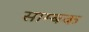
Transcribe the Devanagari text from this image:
साम्बक